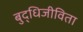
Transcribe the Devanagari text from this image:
बुद्धिजीविता